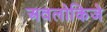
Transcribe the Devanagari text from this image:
अवलोकिजे